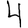
Digit: 4